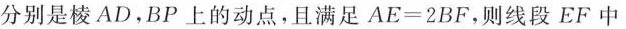
分别是棱AD，BP上的动点，且满足AE=2BF，则线段EF中